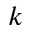
k